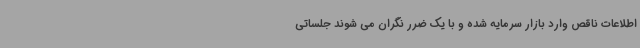
اطلاعات ناقص وارد بازار سرمایه شده و با یک ضرر نگران می شوند جلساتی